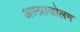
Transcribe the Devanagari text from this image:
अल्प्राजोलम